Civil Veterinary Dept. Bombay admin report 1893-99 - 1893-1899
Year: 1893
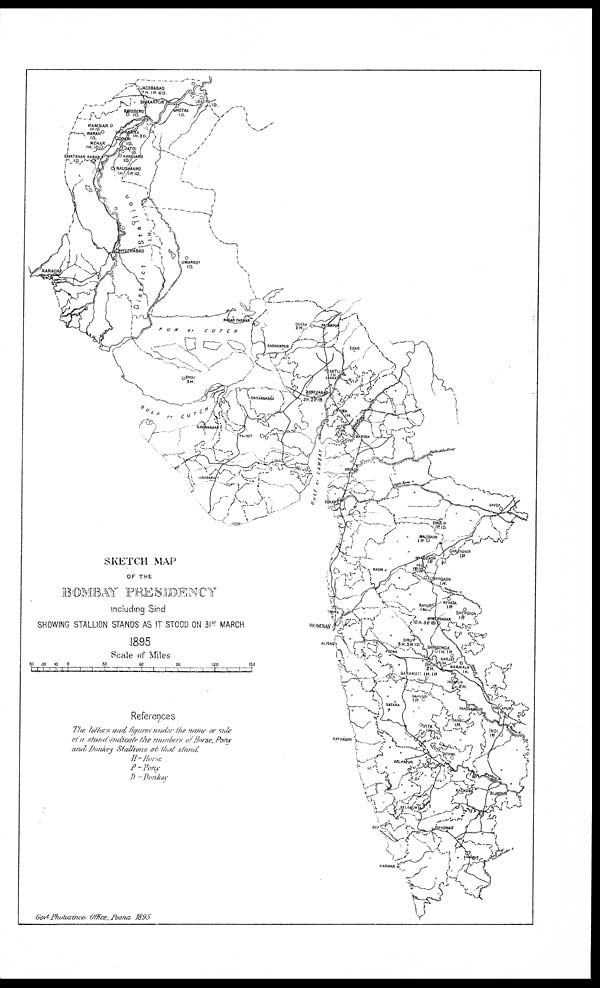
SKETCH MAP
OF THE
BOMBAY PRESIDENCY
including Sind
SHOWING STALLION STANDS AS IT STOOD ON 31 st MARCH
1895
Scale of Miles
References
The letters and figures under the name of side-
of a stand indicate the numbers of Horse, Pony
and Donkey Stallions at that stand
H-Horse
P-Pony
D-Donkey
Govt Photozinco: Office; Poona 1895